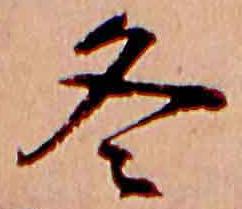
冬